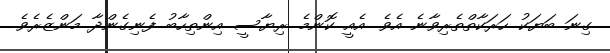
ގިނަ ބަޔަކު ހަރަކާތްތެރިވާނެ އެވެ. އެއީ ކޮންމެ ރިޔާސީ އިންތިހާބު ފެނިގެންދާ މަންޒެރެވެ.